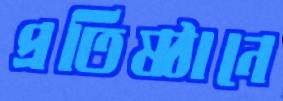
প্রতিষ্ঠানে